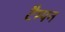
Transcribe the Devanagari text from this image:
टैम्पन